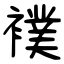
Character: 襆